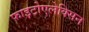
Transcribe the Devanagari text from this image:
फाइटोएलेक्सिन